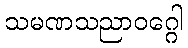
သမဏသညာဝဂ္ဂေါ